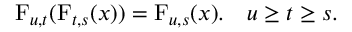
\operatorname { F } _ { u , t } ( \operatorname { F } _ { t , s } ( x ) ) = \operatorname { F } _ { u , s } ( x ) . \quad u \geq t \geq s .